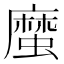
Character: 𢋙